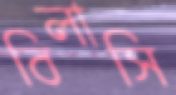
বিলাসি